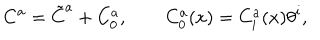
C ^ { a } = \tilde { C } ^ { a } + C _ { 0 } ^ { a } , \quad \quad C _ { 0 } ^ { a } ( x ) = C _ { i } ^ { a } ( x ) \theta ^ { i } ,